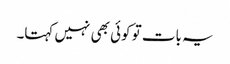
یہ بات تو کوئی بھی نہیں کہتا۔